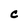
Character: C